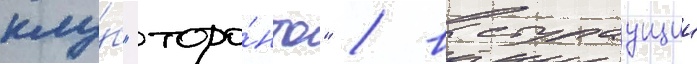
клу́б "торо́нто" / выступаущии